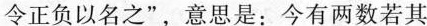
令正负以名之”，意思是：今有两数若其